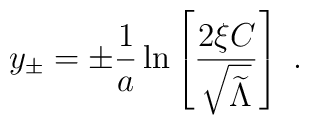
y_\pm=\pm{1\over a}\ln\left[{2\xi C\over\sqrt{\widetilde\Lambda}}\right]~.